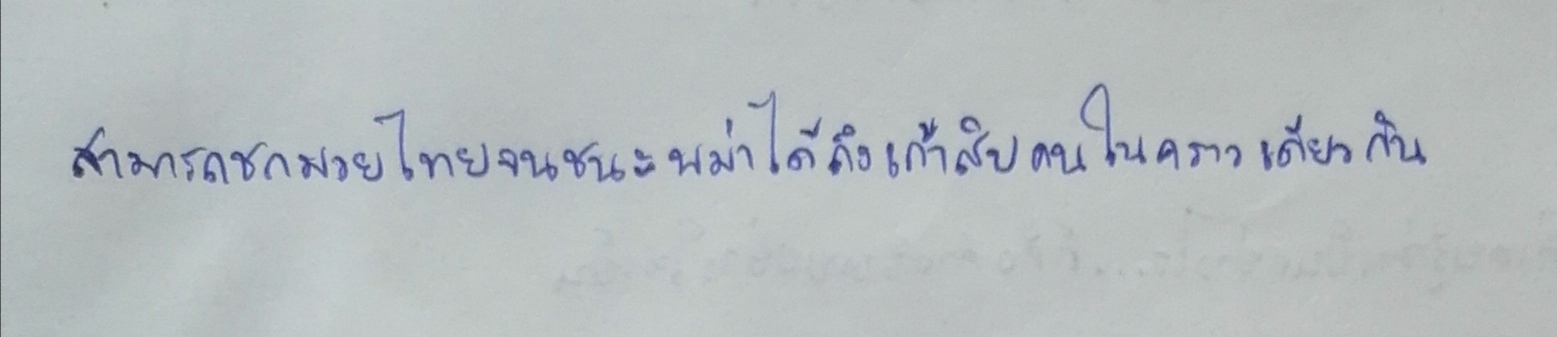
สามารถชกมวยไทยจนชนะพม่าได้ถึงเก้าคนสิบคนในคราวเดียวกัน